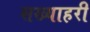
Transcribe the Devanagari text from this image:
सख्याहरी